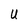
Character: U